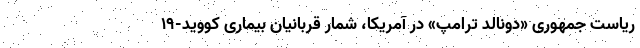
ریاست جمهوری «دونالد ترامپ» در آمریکا، شمار قربانیان بیماری کووید-۱۹